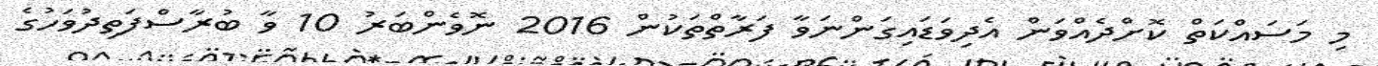
މި މަސައްކަތް ކޮށްދެއްވަން އެދިވަޑައިގަންނަވާ ފަރާތްތަކުން 2016 ނޮވެންބަރު 10 ވާ ބުރާސްފަތިދުވަހުގެ